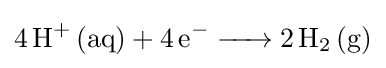
{\ce {4H+ (aq) + 4 e^- -> 2H2 (g)}}